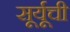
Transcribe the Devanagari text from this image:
सूर्यूची